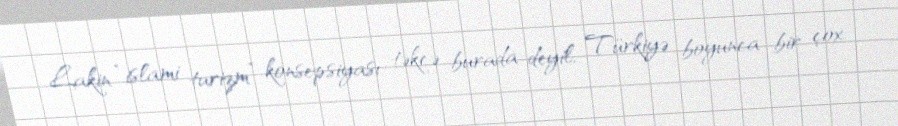
Lakin “islami turizm” konsepsiyası təkcə burada deyil, Türkiyə boyunca bir çox